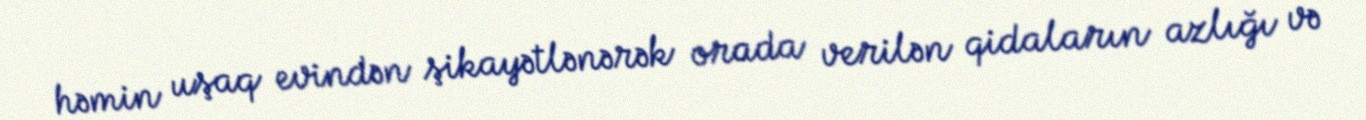
həmin uşaq evindən şikayətlənərək orada verilən qidaların azlığı və